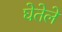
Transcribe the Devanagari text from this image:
घेतेले